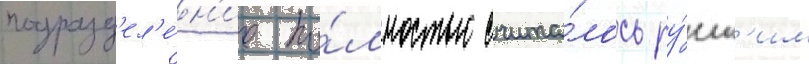
подразд'ел'е́н'ие по́лностью счита́лось ру́сск'им